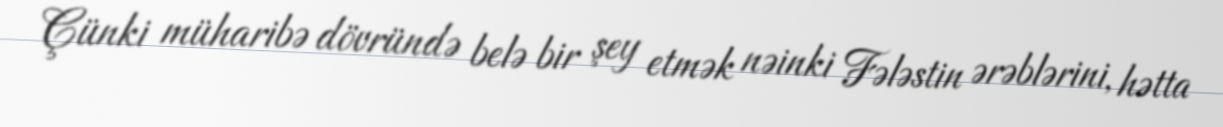
Çünki müharibə dövründə belə bir şey etmək nəinki Fələstin ərəblərini, hətta